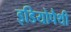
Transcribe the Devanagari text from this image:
इडियोपैथी